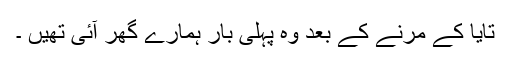
تایا کے مرنے کے بعد وہ پہلی بار ہمارے گھر آئی تھیں ۔